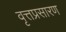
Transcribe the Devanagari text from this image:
वृत्तप्रसारण